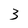
Character: 3